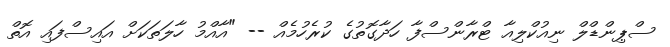
ސްޕިންޑްލް ނިއުކްލިއާ ޓްރާންސްފާ ހަދާގޮތުގެ ކުރެހުމެއް -- "އާއްމު ހާލަތަކަށް އައިސްފައި އޮތް